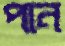
পান